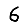
Digit: 6